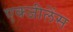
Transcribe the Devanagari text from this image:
एक्जीलेंस